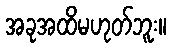
အခုအထိမဟုတ်ဘူး။